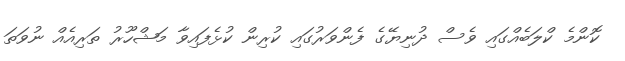
ކޮންމެ ކްލަބެއްގައި ވެސް ދުނިޔޭގެ ފެންވަރުގައި ކުރިން ކުޅެފައިވާ މަޝްހޫރު ތަރިއެއް ނުވަތަ